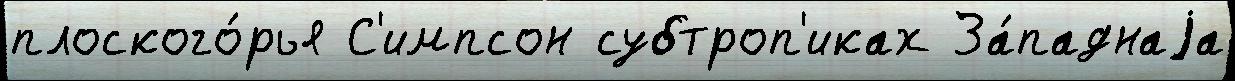
плоского́рья С'импсон субтроп'иках За́паднаjа